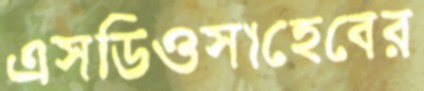
এসডিওসাহেবের